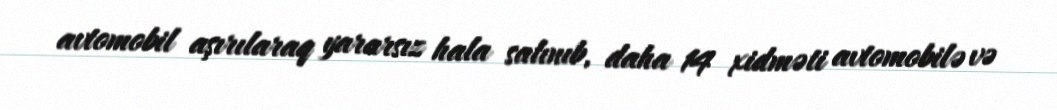
avtomobil aşırılaraq yararsız hala salınıb, daha 14 xidməti avtomobilə və